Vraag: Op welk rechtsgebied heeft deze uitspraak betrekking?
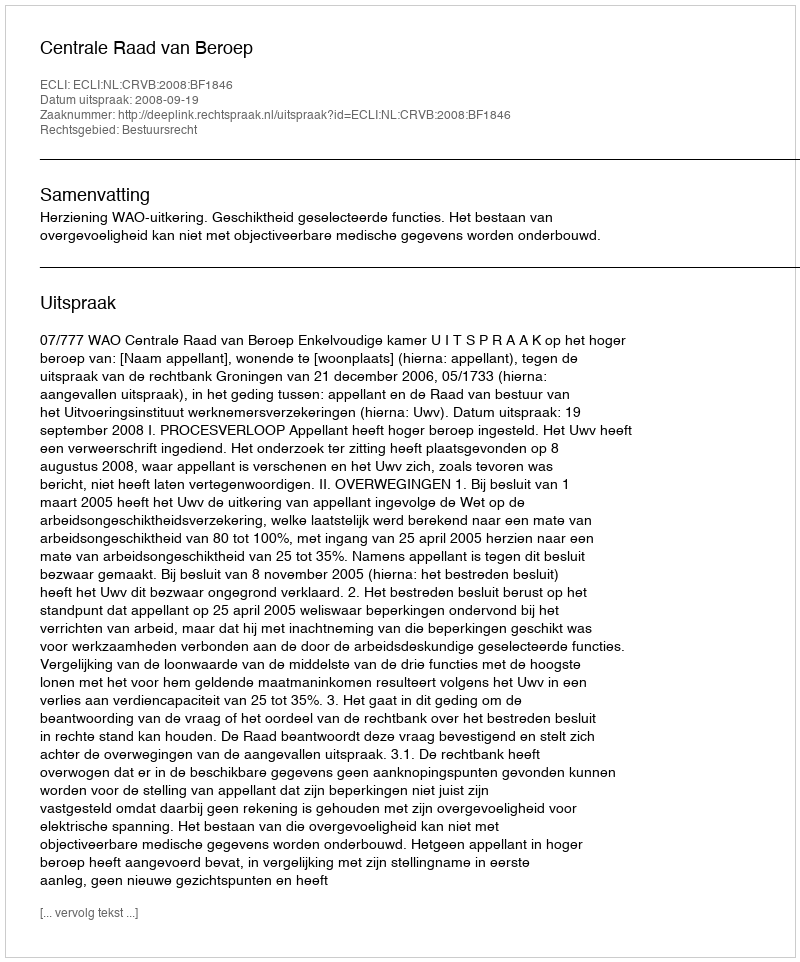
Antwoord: Bestuursrecht